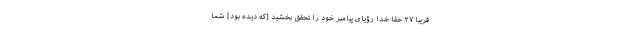
قَرِيبًا ۲۷ حقا خدا رؤياى پيامبر خود را تحقق بخشيد [كه ديده بود] شما